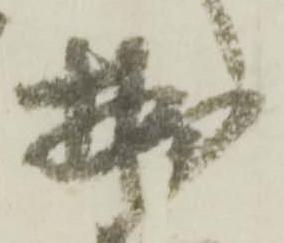
拙